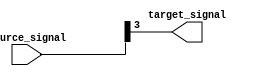
module bit_select_assign(
    input [7:0] source_signal,
    output reg target_signal
);

always @(*) begin
    // Assign bit at position 3 of source_signal to target_signal
    target_signal = source_signal[3];
end

endmodule